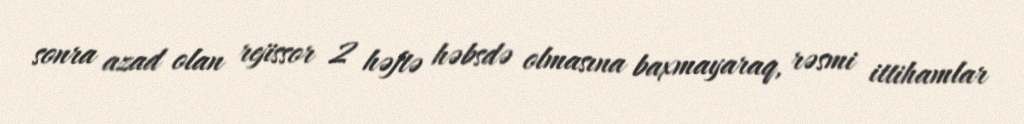
sonra azad olan rejissor 2 həftə həbsdə olmasına baxmayaraq, rəsmi ittihamlar